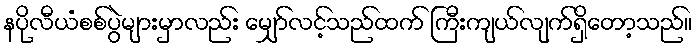
နပိုလီယံစစ်ပွဲများမှာလည်း မျှော်လင့်သည်ထက် ကြီးကျယ်လျက်ရှိတော့သည်။